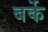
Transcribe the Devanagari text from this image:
बर्के